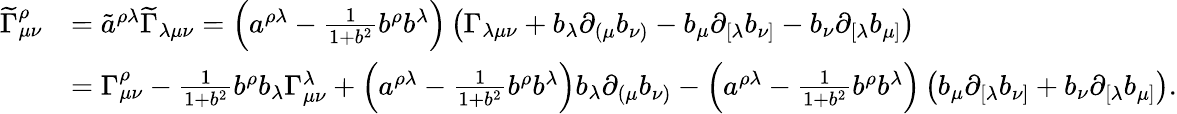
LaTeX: \begin{array}{rl}{\widetilde\Gamma_{\mu\nu}^{\rho}}&{=\tilde{a}^{\rho\lambda}\widetilde\Gamma_{\lambda\mu\nu}=\left(a^{\rho\lambda}-\frac{1}{1+b^{2}}b^{\rho}b^{\lambda}\right)\left(\Gamma_{\lambda\mu\nu}+b_{\lambda}\partial_{(\mu}b_{\nu)}-b_{\mu}\partial_{[\lambda}b_{\nu]}-b_{\nu}\partial_{[\lambda}b_{\mu]}\right)}\\ &{=\Gamma_{\mu\nu}^{\rho}-\frac{1}{1+b^{2}}b^{\rho}b_{\lambda}\Gamma_{\mu\nu}^{\lambda}+\left(a^{\rho\lambda}-\frac{1}{1+b^{2}}b^{\rho}b^{\lambda}\right)b_{\lambda}\partial_{(\mu}b_{\nu)}-\left(a^{\rho\lambda}-\frac{1}{1+b^{2}}b^{\rho}b^{\lambda}\right)\left(b_{\mu}\partial_{[\lambda}b_{\nu]}+b_{\nu}\partial_{[\lambda}b_{\mu]}\right).}\end{array}